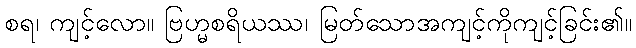
စရ၊ ကျင့်လော။ ဗြဟ္မစရိယဿ၊ မြတ်သောအကျင့်ကိုကျင့်ခြင်း၏။